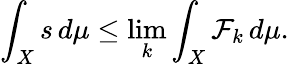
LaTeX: \int_{X}s\, d\mu\leq\operatorname*{lim}_{k}\int_{X}\mathcal{F}_{k}\, d\mu.